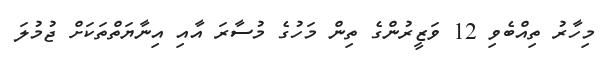
މިހާރު ތިއްބެވި 12 ވަޒީރުންގެ ތިން މަހުގެ މުސާރަ އާއި އިނާޔަތްތަކަށް ޖުމުލަ